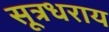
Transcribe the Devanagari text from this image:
सूत्रधराय